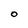
Character: O